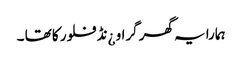
ہمارا یہ گھر گراو ¿نڈ فلور کا تھا ۔